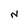
Character: N